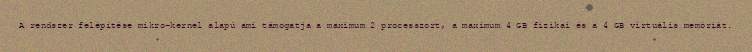
A rendszer felépítése mikro-kernel alapú ami támogatja a maximum 2 processzort, a maximum 4 GB fizikai és a 4 GB virtuális memóriát.